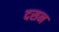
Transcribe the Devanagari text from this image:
दसन